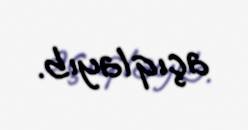
açıqlayıb.